Report of the Bombay Plague Committee
Disease focus: Plague
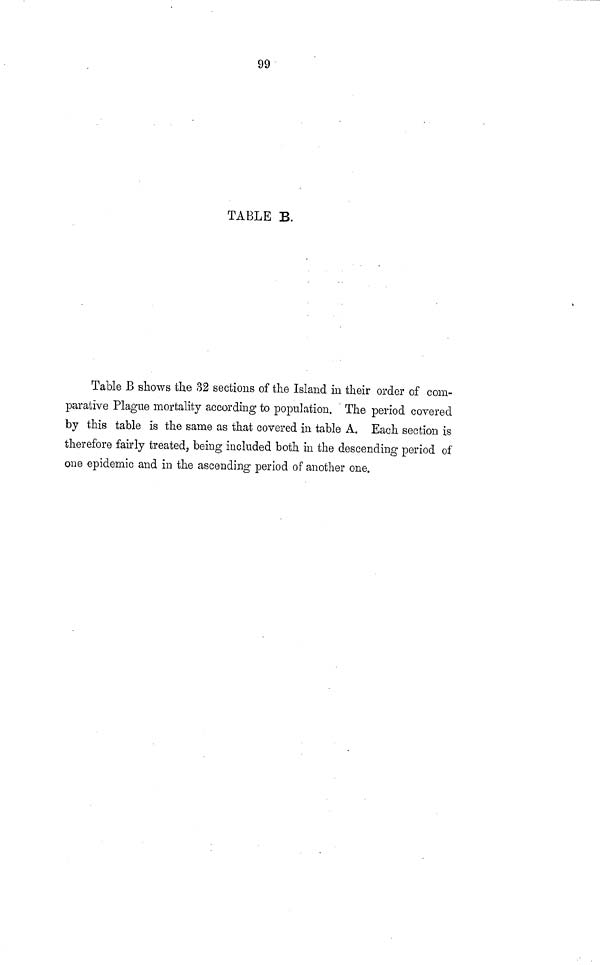
99
TABLE B.
Table B shows the 32 sections of the Island in their order of com-
parative Plague mortality according to population. The period covered
by this table is the same as that covered in table A. Each section is
therefore fairly treated, being included both in the descending period of
one epidemic and in the ascending period of another one.